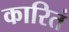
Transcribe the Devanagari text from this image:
कारितं